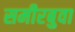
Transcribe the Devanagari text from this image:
समीरबुवा